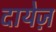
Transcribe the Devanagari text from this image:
दायेज़